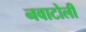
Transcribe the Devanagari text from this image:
नवाटोली